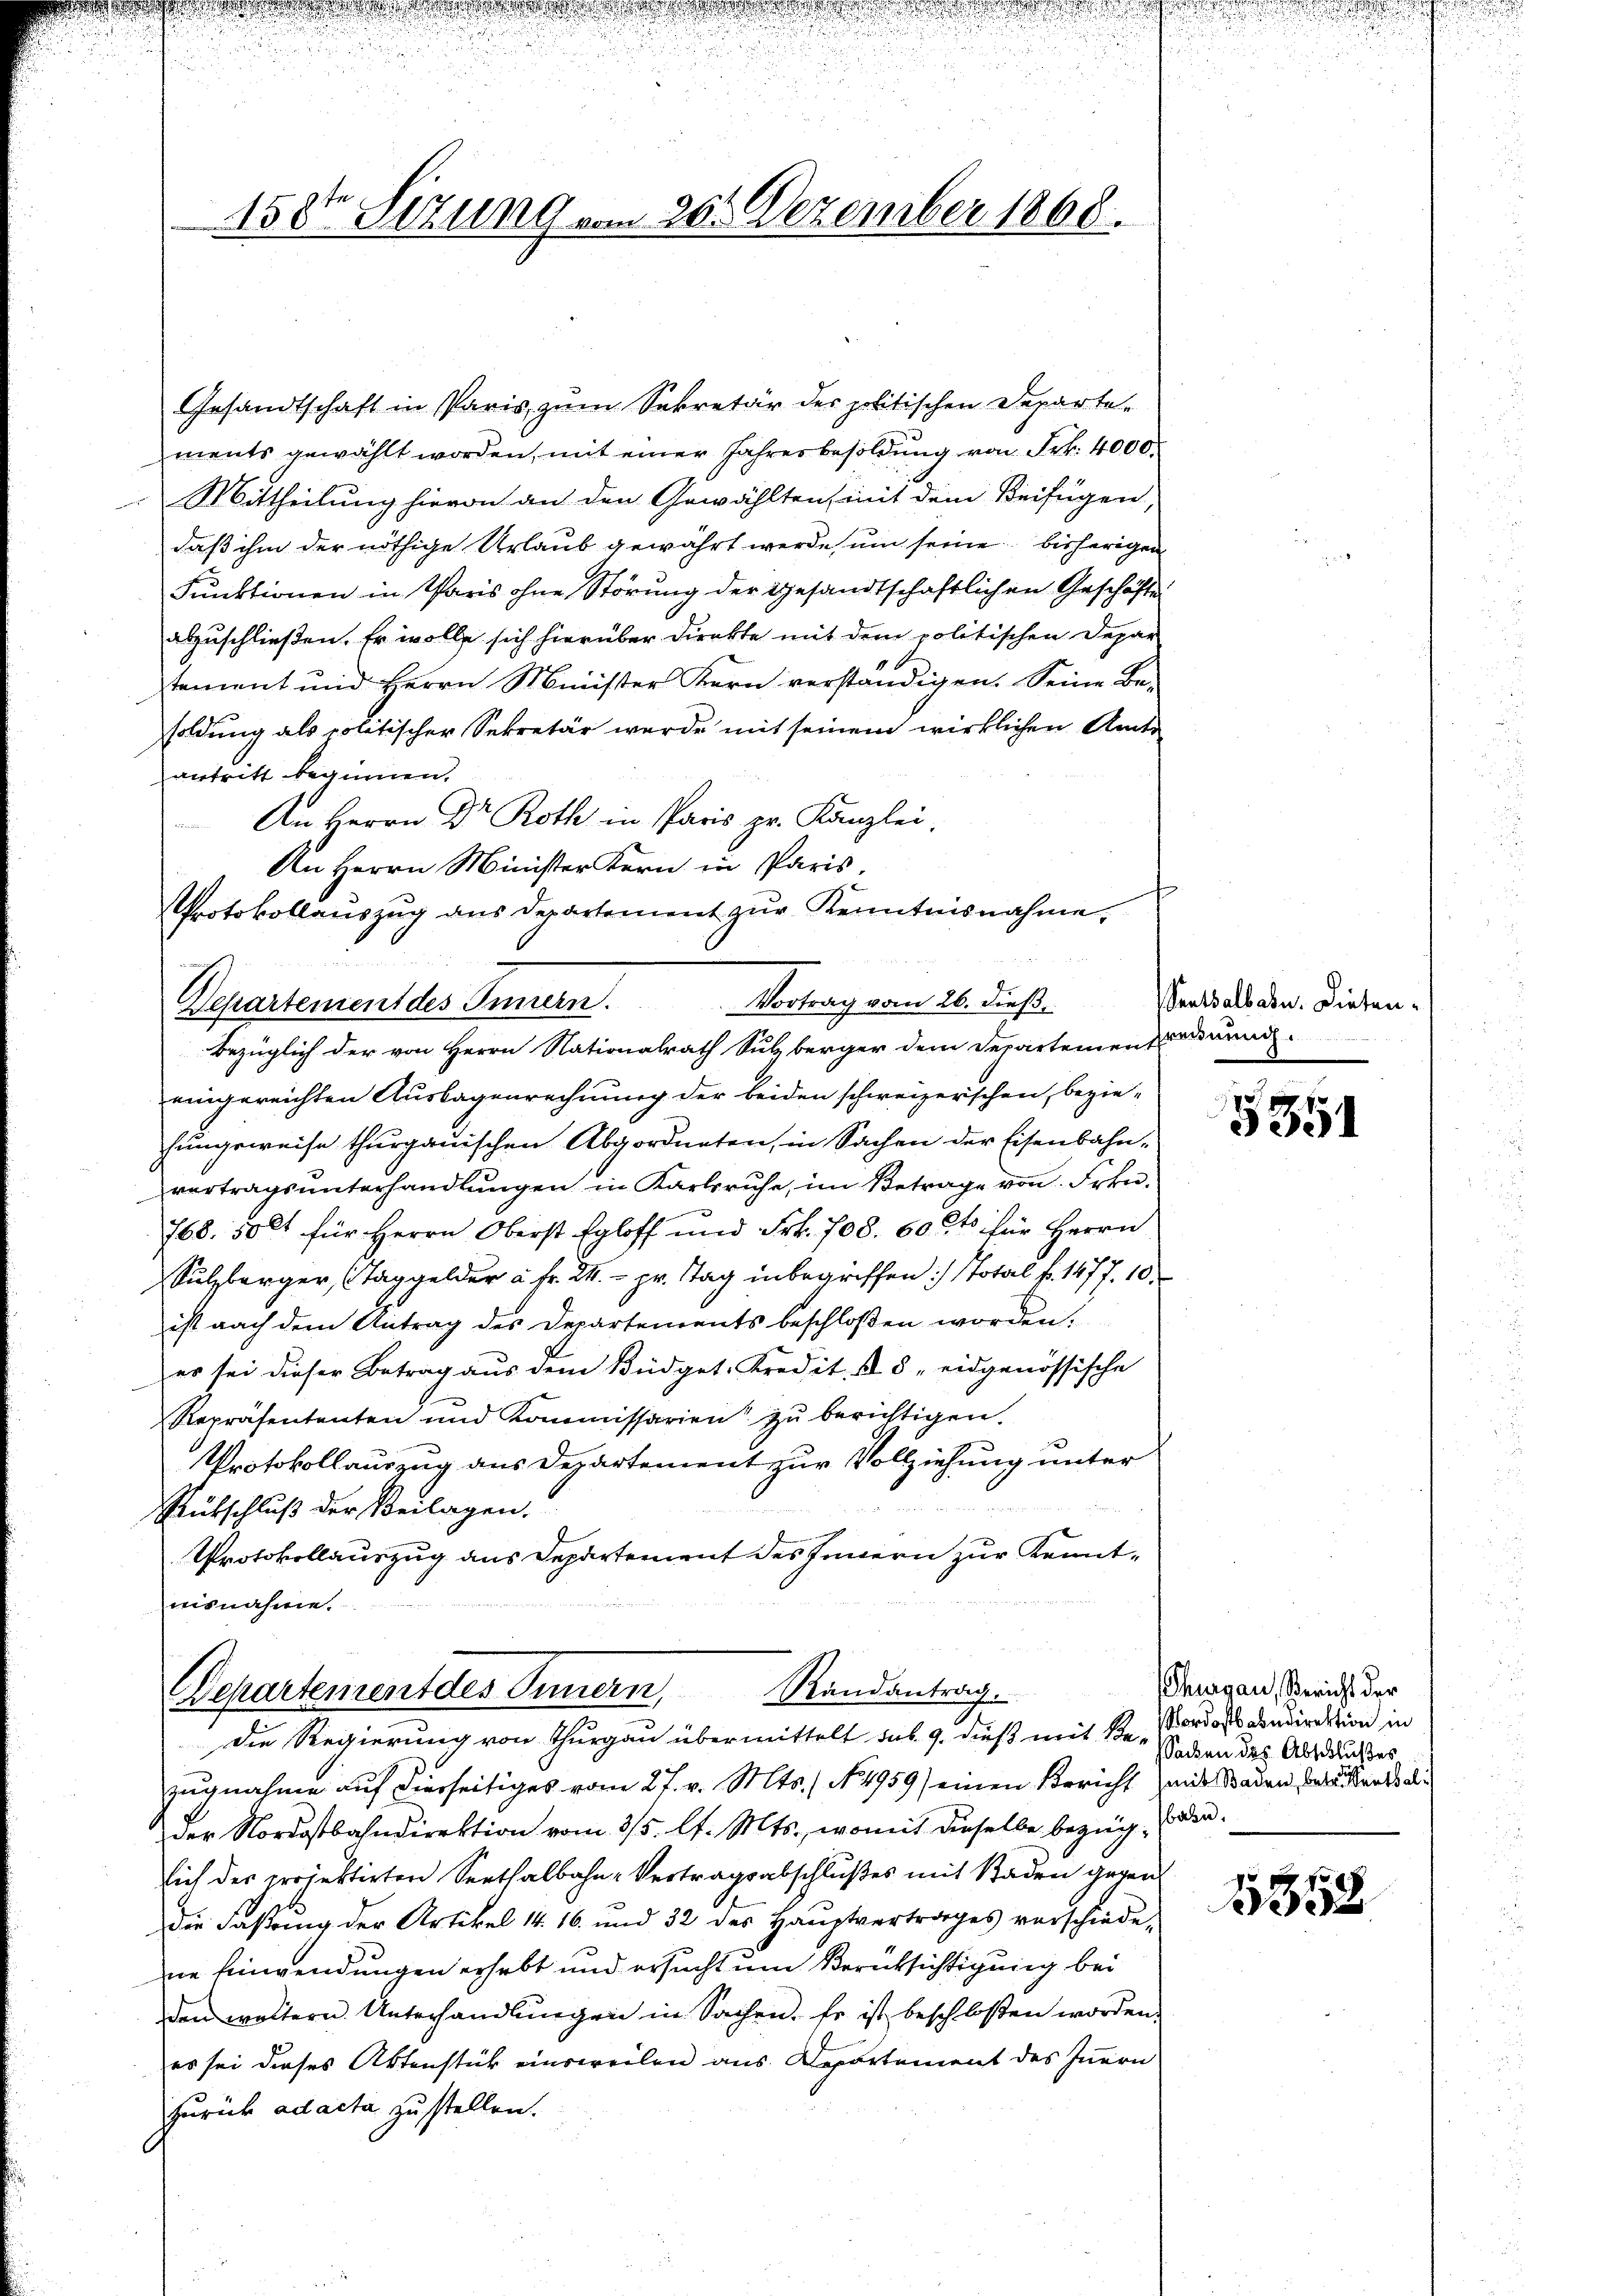
150ten Sizung vom 26. Dezember 1868.

Gesandtschaft in Paris, zum Sekretär des politischen Departe-
ments gewählt worden, mit einer Jahresbesoldung von Frk. 4000.
Mittheilung hievon an den Gewählten, mit dem Beifügen,
daß ihm der nöthige Urlaub gewährt werde, um seine bisherigen
Funktionen in Paris ohne Störung der gesandtschaftlichen Geschäfte
abzuschließen. Er wolle sich hierüber direkte mit dem politischen Depar
tement und Herrn Minister Kern verständigen. Seine Be-
soldung als politischer Sekretär wurde mit seinem wirklichen Amts
antritt beginnen.
An Herrn Dr. Roth in Paris pr. Kanzlei,
An Herrn Minister Kern in Paris,
Protokollauszug aus Departement zur Kenntnisnahme,
Vortrag vom 26. dieß.
Departement des Innern.
bezüglich der von Herrn Nationalrath Sulzberger dem Departemen fordnung.
eingereichten Auslagenrechnung der beiden schweizerischen, bezie-
hungsweise thurgauischen Abgordneten, in Sachen der Eisenbahnvertragsunterhandlungen in Karlsruhe, im Betrage von Frkn.
768. 50 lt für Herrn Oberst Egloff und Frk. 708. 60 Cts für Herrn
Sulzberger, (Taggelder à Fr. 2.- pr. Tag inbegriffen :/ total f. 1477. 10.
ist nach dem Antrag des Departements beschlossen worden.
es sei dieser Betrag aus dem Büdget-Kredit u. 5 eidgenössische
Repräsententen und Kommissarien zŭ berichtigen.
Protokollauszug aus Departement zur Vollziehung unter
Rückschluß der Beilagen.
Protokollauszug aus Departement des Innern zur Kenntuisnahme.

Randantrag.
Departement des Innern,
Die Regierung von Thurgau übermittelt sub. 9. dieß mit 1. Nordost condirektion in

zugnahme auf dierseitiges vom 27. v. Mts., No. 4959) einen Bericht Zeits Baden, bauensel¬
Der Nordostbahndirektion vom 3/5. lt. Mts., womit dieselbe bezügsich der projektirten Seethalbahn-Vertragsabschlußes mit Baden gegen
Die Faßung der Artikel 14. 16. und 32 des Hauptvertrages vorschiede
ne Einwendungen erhebt und ersucht um Berücksichtigung bei
den woltern Unterhandlungen in Sachen. Er ist beschlossen worden,
es sei dieses Aktenstück einsweilen aus Departement des Innern
zurück ad acta zu stellen.

aatsalbahn. Diesen.

5351

Thurgau, Bericht der
Sacken des Abschlußes
bahn.

1352